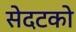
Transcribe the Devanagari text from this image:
सेदटको